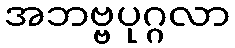
အဘဗ္ဗပုဂ္ဂလာ